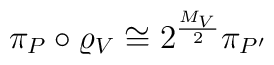
\pi_P\circ\varrho_V \cong 2^\frac{M_V}{2} \pi_{P'}